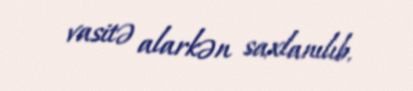
vasitə alarkən saxlanılıb.